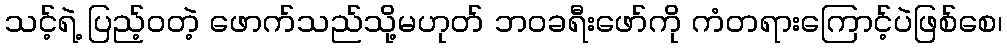
သင့်ရဲ့ ပြည့်ဝတဲ့ ဖောက်သည်သို့မဟုတ် ဘဝခရီးဖော်ကို ကံတရားကြောင့်ပဲဖြစ်စေ၊